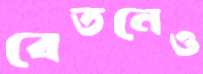
বেতনেও